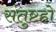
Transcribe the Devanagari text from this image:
संतुष्टहो